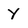
Character: Y